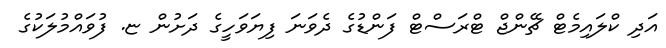
އަދި ކްލައިމެޓް ޗޭންޖް ޓްރަސްޓް ފަންޑުގެ ދެވަނަ ފިޔަވަހީގެ ދަށުން ޏ. ފުވައްމުލަކުގެ